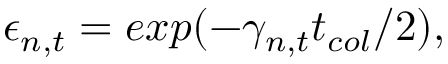
\epsilon _ { n , t } = e x p ( - \gamma _ { n , t } t _ { c o l } / 2 ) ,